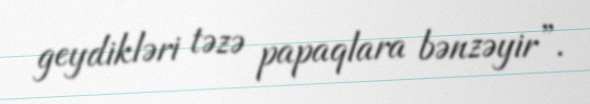
geydikləri təzə papaqlara bənzəyir”.